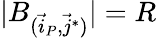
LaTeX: |B_{(\vec{i}_{P},\vec{j}^{*})}|=R